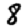
Digit: 8